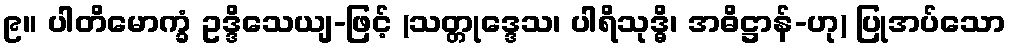
၉။ ပါတိမောက္ခံ ဥဒ္ဒိသေယျ-ဖြင့် (သတ္တုဒ္ဒေသ၊ ပါရိသုဒ္ဓိ၊ အဓိဋ္ဌာန်-ဟု) ပြုအပ်သော